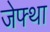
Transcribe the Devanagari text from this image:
जेफ्था